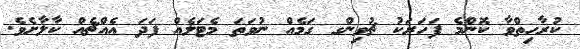
ކުރާހިތްވާ ކޮންމެ ފަހަރަކު ޗުވިންގ ގަމެއް ނުވަތަ މެޓަލެއް ފަދަ އެއްޗެއް ކާލާށެވެ.